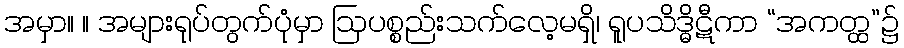
အမှာ။ ။ အများရုပ်တွက်ပုံမှာ ဩပစ္စည်းသက်လေ့မရှိ၊ ရူပသိဒ္ဓိဋီကာ “အကတ္ထ”၌